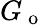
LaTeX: G_{\mathrm{~o~}}